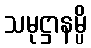
သမုဋ္ဌာနမ္ပိ